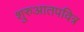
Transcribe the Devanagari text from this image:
शुरुआतपवित्र